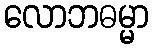
လောဘဓမ္မာ